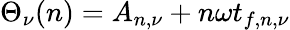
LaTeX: \Theta_{\nu}(n)=A_{n,\nu}+n\omega t_{f,n,\nu}